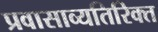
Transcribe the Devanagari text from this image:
प्रवासाव्यतिरिक्त